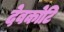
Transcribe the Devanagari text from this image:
देवकोटि